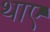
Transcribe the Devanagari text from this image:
थाए